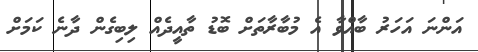
އަންނަ އަހަރު ބާއްވާ އެ މުބާރާތަށް ބޮޑު ތާއީދެއް ލިބިގެން ދާނެ ކަމަށް